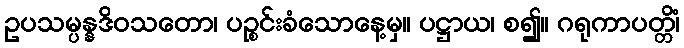
ဥပသမ္ပန္နဒိဝသတော၊ ပဉ္စင်းခံသောနေ့မှ။ ပဋ္ဌာယ၊ စ၍။ ဂရုကာပတ္တိံ၊